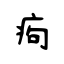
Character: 痀